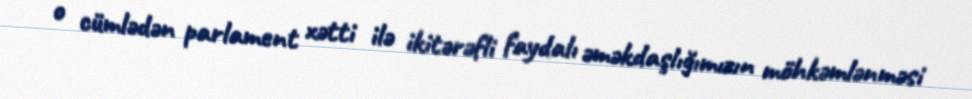
o cümlədən parlament xətti ilə ikitərəfli faydalı əməkdaşlığımızın möhkəmlənməsi